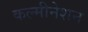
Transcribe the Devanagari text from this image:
कल्मीनेशन